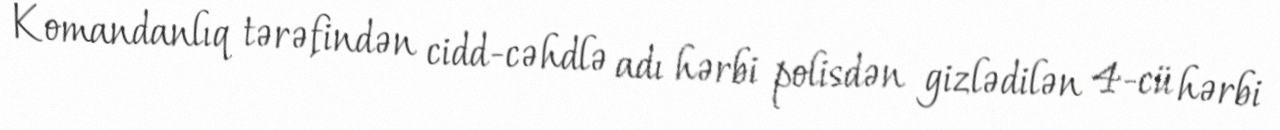
Komandanlıq tərəfindən cidd-cəhdlə adı hərbi polisdən gizlədilən 4-cü hərbi